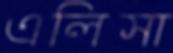
এলিসা